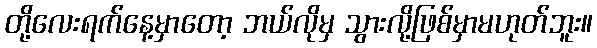
တို့လေးရက်နေ့မှာတော့ ဘယ်လိုမှ သွားလို့ဖြစ်မှာမဟုတ်ဘူး။